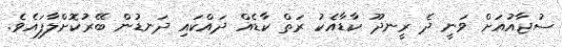
ސުޖާއުއަށް ވަނީ ދެ ރީނދޫ ކާޑާއެކު ރަތް ކާޑެއް ދައްކައި ދަނޑުން ބޭރުކޮށްލާފައެވެ.